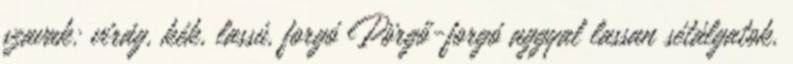
szavak: virág, kék, lassú, forgó Pörgő-forgó aggyal lassan sétálgatok,